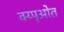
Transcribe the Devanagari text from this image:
क्य्पृओत